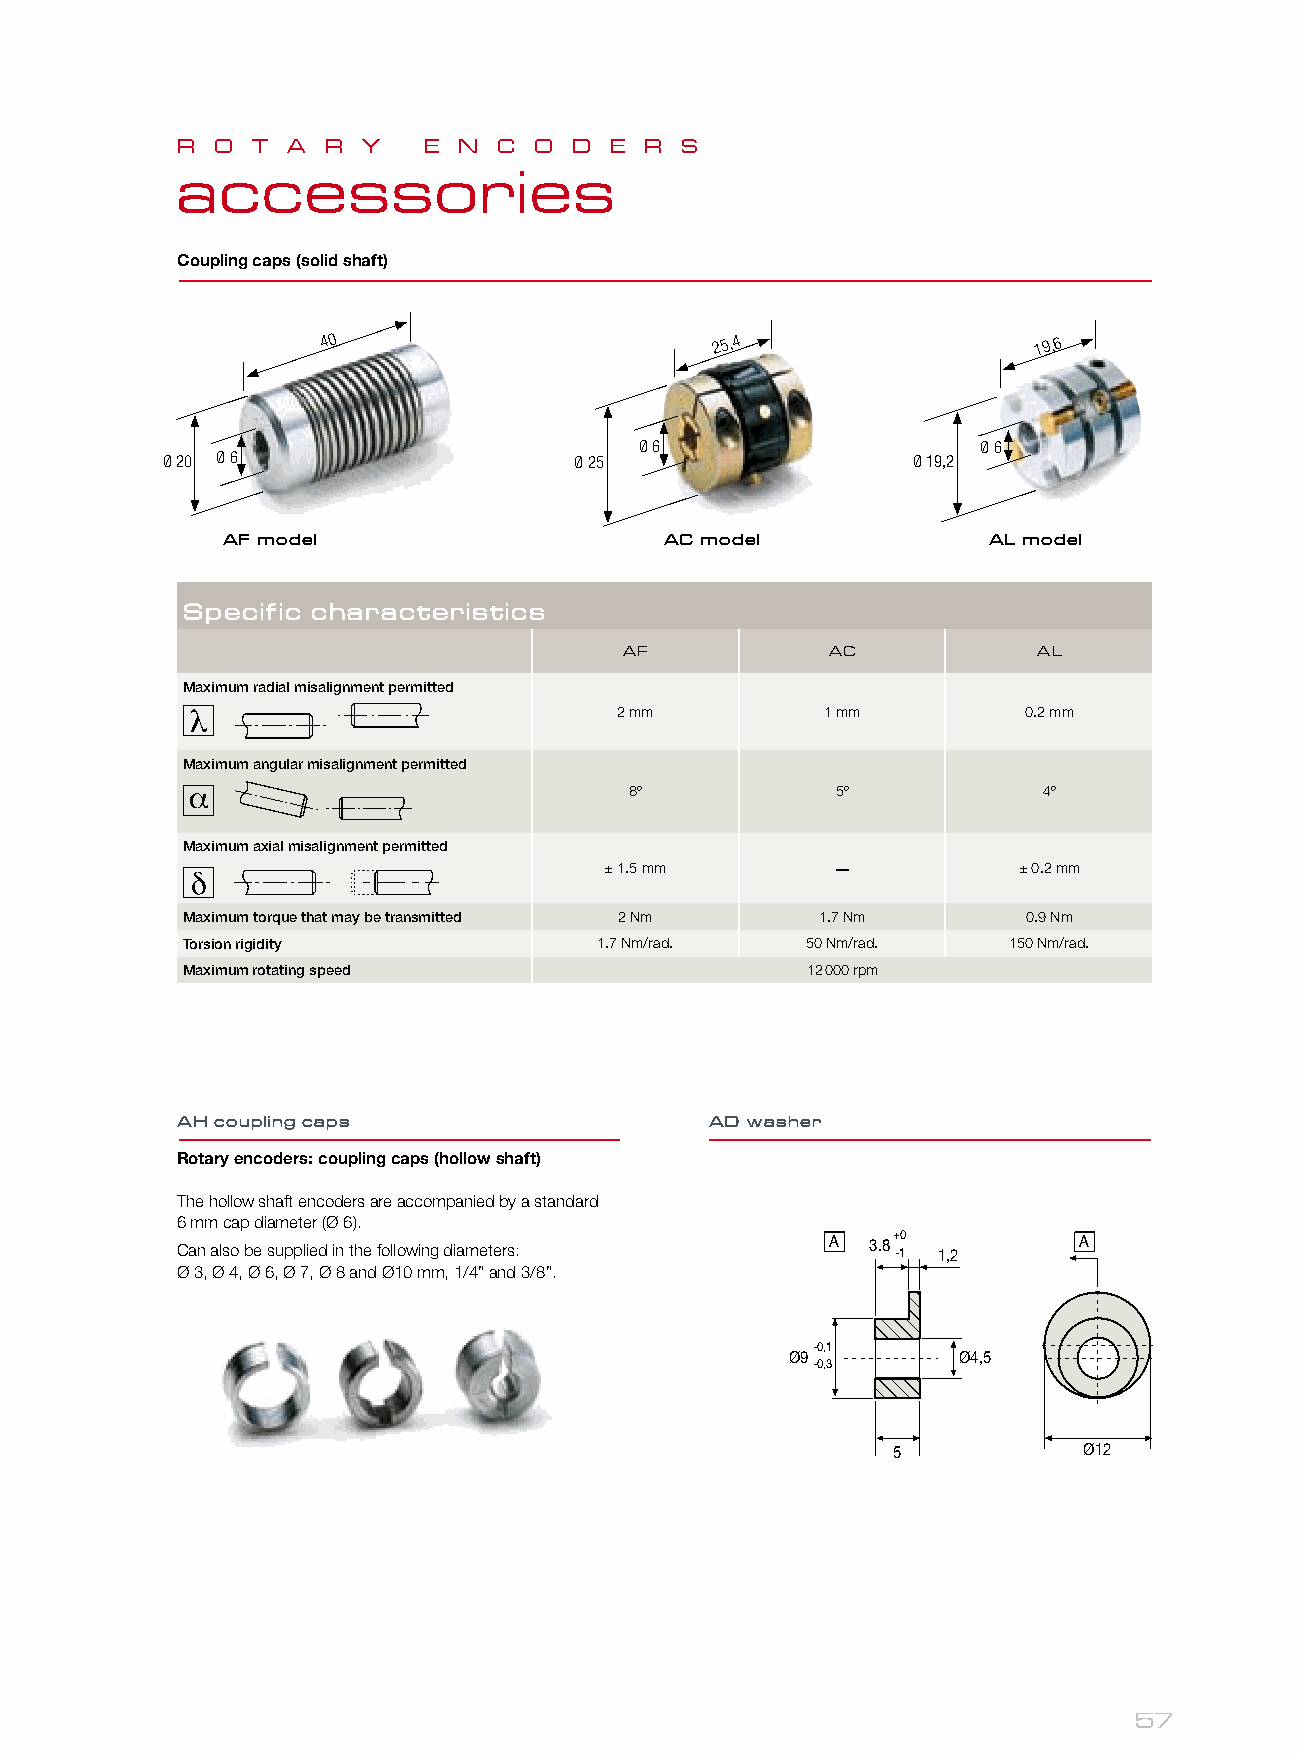
R O  T A  R Y   E N  C O  D E  R S
 accessories
 Coupling caps (solid shaft)
 40                        25,4                  19,6
 Ø 6                    Ø 6
 Ø 20 Ø 6                   Ø 25                  Ø 19,2
 AF model                     AC model             AL model
 Specific characteristics
 AF            AC            AL
 Maximum radial misalignment permitted
 2 mm          1 mm         0.2 mm
 Maximum angular misalignment permitted
 8º           5º            4º
 Maximum axial misalignment permitted
 ± 1.5 mm       –           ± 0.2 mm
 Maximum torque that may be transmitted 2 Nm 1.7 Nm      0.9 Nm
 Torsion rigidity            1.7 Nm/rad.  50 Nm/rad.    150 Nm/rad.
 Maximum rotating speed                   12 000 rpm
 AH coupling caps                   AD washer
 Rotary encoders: coupling caps (hollow shaft)
 The hollow shaft encoders are accompanied by a standard
 6 mm cap diameter (Ø 6).
 Can also be supplied in the following diameters:
 A  3.8+ -10
 1,2
 A
 Ø 3, Ø 4, Ø 6, Ø 7, Ø 8 and Ø10 mm, 1/4” and 3/8”.
 Ø9-0,1     Ø4,5           1,5
 -0,3
 5            Ø12
 57